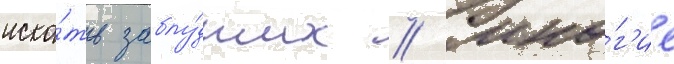
иска́ть заблу́дших // Мно́г'ие